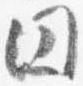
円